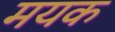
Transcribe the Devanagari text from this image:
मयक